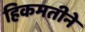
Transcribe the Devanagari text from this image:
हिकमतीने